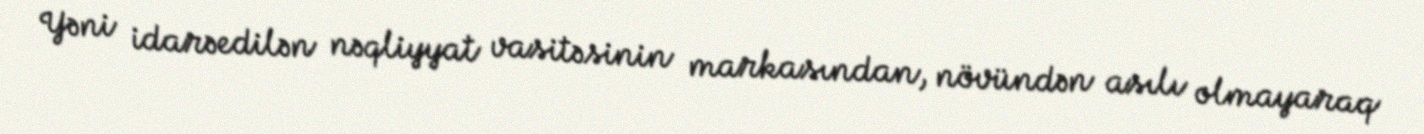
Yəni idarəedilən nəqliyyat vasitəsinin markasından, növündən asılı olmayaraq